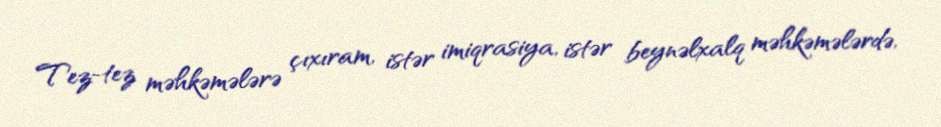
Tez-tez məhkəmələrə çıxıram, istər imiqrasiya, istər beynəlxalq məhkəmələrdə,